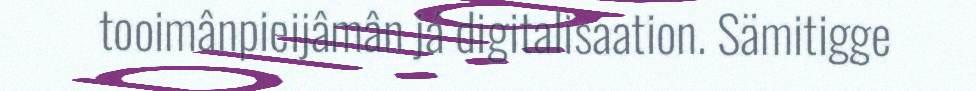
tooimânpieijâmân já digitalisaation. Sämitigge